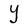
Character: Y